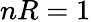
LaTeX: nR=1